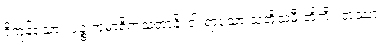
ရှိကုန်သော။ ပဉ္စ ကုမာရိကသတာနိ၊ ငါးရာသော သတို့သမီးတို့ကို။ တဿာ၊